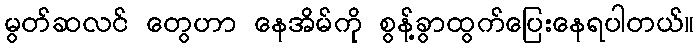
မွတ်ဆလင် တွေဟာ နေအိမ်ကို စွန့်ခွာထွက်ပြေးနေရပါတယ်။